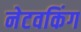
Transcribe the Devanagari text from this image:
नेटवकिंग